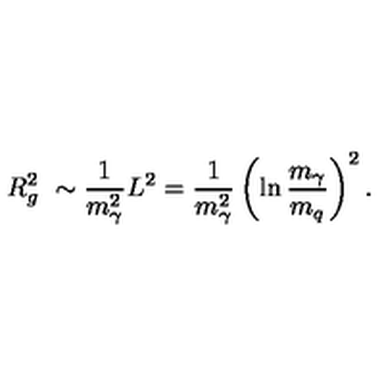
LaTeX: R _ { g } ^ { 2 } \ \sim \frac { 1 } { m _ { \gamma } ^ { 2 } } L ^ { 2 } = \frac { 1 } { m _ { \gamma } ^ { 2 } } \left( \ln \frac { m _ { \gamma } } { m _ { q } } \right) ^ { 2 } .